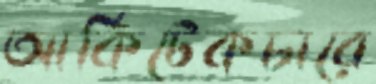
আর্কিটেকচারে